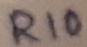
Text: R10